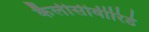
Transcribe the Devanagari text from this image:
कैलीसीवीरिडे